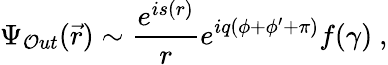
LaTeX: \Psi_{\mathcal{O}ut}(\vec{{r}})\sim\frac{{e^{is(r)}}}{r}e^{iq(\phi+\phi^{\prime}+\pi)}f(\gamma)\ ,